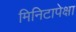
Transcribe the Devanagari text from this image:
मिनिटापेक्षा